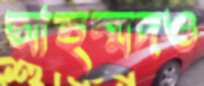
আহম্মদও